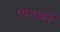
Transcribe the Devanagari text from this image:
फिश़बर्न